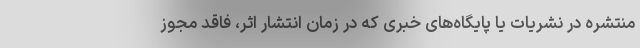
منتشره در نشریات یا پایگاه‌های خبری که در زمان انتشار اثر، فاقد مجوز